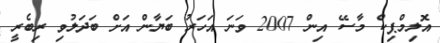
އޮލިމްޕިކް މާސޭ އިން 2007 ވަނަ އަހަރު ބަޔާން އަށް ބަދަލުވި ރިބެރީ